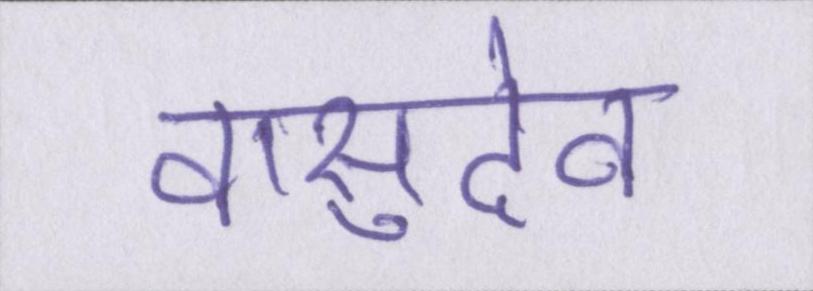
वासुदेव